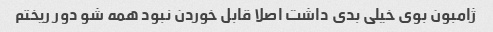
ژامبون بوی خیلی بدی داشت اصلا قابل خوردن نبود همه شو دور ریختم